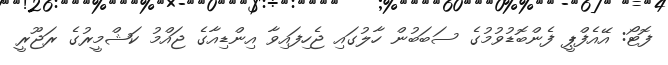
ފޮޓޯ: އޭއެފްޕީ ފެންބޮޑުވުމުގެ ސަބަބުން ހާލުގައި ޖެހިފައިވާ އިންޑިއާގެ ޖައްމު ކަޝްމީރުގެ ރަޖޫރީ